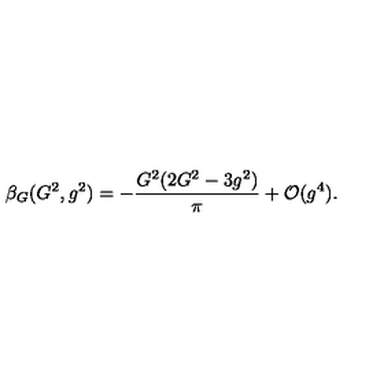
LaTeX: \beta _ { G } ( G ^ { 2 } , g ^ { 2 } ) = - { \frac { G ^ { 2 } ( 2 G ^ { 2 } - 3 g ^ { 2 } ) } { \pi } } + { \cal O } ( g ^ { 4 } ) .